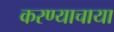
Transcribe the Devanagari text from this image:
करण्याचाया